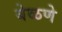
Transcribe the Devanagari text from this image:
बेळणे